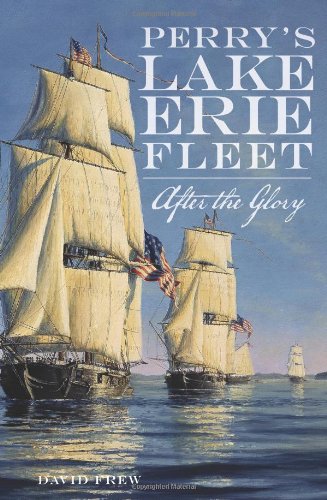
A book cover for Perry's Lake Erie Fleet:: After the Glory; David Frew; History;